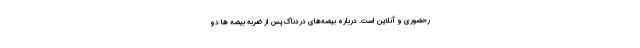
رحضوری و آنلاین است. درباره بیضه‌های دردناک پس از ضربه بیضه ها دو